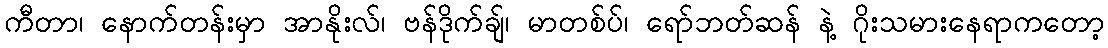
ကီတာ၊ နောက်တန်းမှာ အာနိုးလ်၊ ဗန်ဒိုက်ချ်၊ မာတစ်ပ်၊ ရော်ဘတ်ဆန် နဲ့ ဂိုးသမားနေရာကတော့